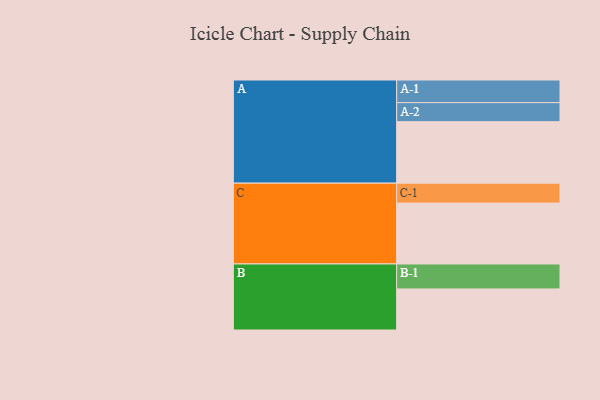
{"axis": {"x": "Segment", "y": "Value"}, "legend": ["", "A", "B", "C"], "data": [{"x": "A", "y": 500, "type": ""}, {"x": "B", "y": 334, "type": ""}, {"x": "C", "y": 495, "type": ""}, {"x": "A-1", "y": 184, "type": "A"}, {"x": "A-2", "y": 155, "type": "A"}, {"x": "B-1", "y": 203, "type": "B"}, {"x": "C-1", "y": 162, "type": "C"}]}